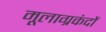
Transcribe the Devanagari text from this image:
मूलाग्रकंदों